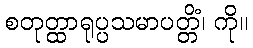
စတုတ္ထာရုပ္ပသမာပတ္တိံ၊ ကို။